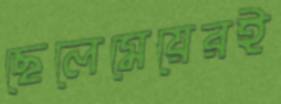
ছেলেমেয়েরই